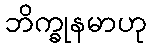
ဘိက္ခုနမာဟု